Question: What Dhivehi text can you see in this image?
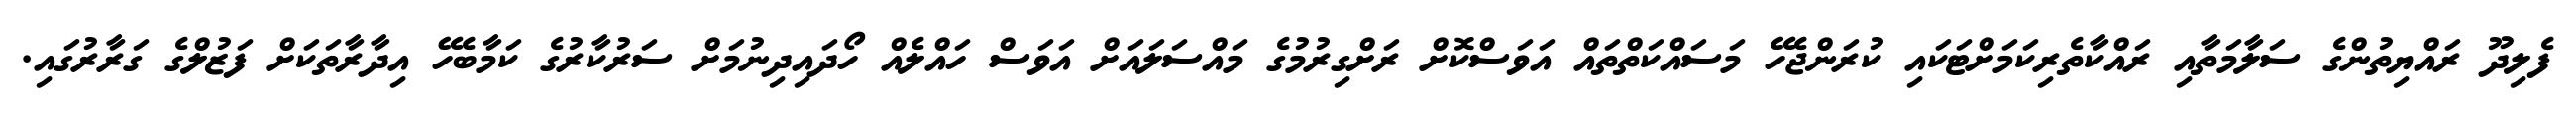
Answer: ފެލިދޫ ރައްޔިތުންގެ ސަލާމަތާއި ރައްކާތެރިކަމަށްޓަކައި ކުރަންޖެހޭ މަސައްކަތްތައް އަވަސްކޮށް ރަށްގިރުމުގެ މައްސަލައަށް އަވަސް ހައްލެއް ހޯދައިދިނުމަށް ސަރުކާރުގެ ކަމާބެހޭ އިދާރާތަކަށް ފަޒުލްގެ ގަރާރުގައި.